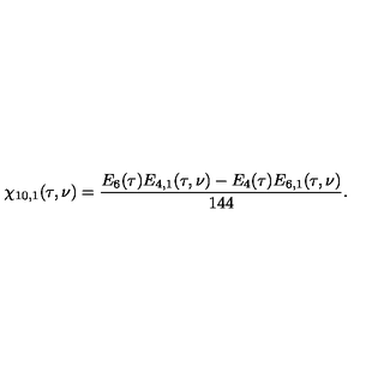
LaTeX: \chi _ { 1 0 , 1 } ( \tau , \nu ) = \frac { E _ { 6 } ( \tau ) E _ { 4 , 1 } ( \tau , \nu ) - E _ { 4 } ( \tau ) E _ { 6 , 1 } ( \tau , \nu ) } { 1 4 4 } .